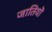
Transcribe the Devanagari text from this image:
जातियॊ